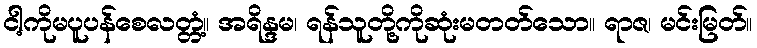
ငါ့ကိုမပူပန်စေလတ္တံ့။ အရိန္ဒမ၊ ရန်သူတို့ကိုဆုံးမတတ်သော။ ရာဇ၊ မင်းမြတ်။